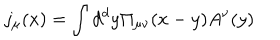
LaTeX: j _ { \mu } ( x ) = \int d ^ { d } y \Pi _ { \mu \nu } ( x - y ) A ^ { \nu } ( y )